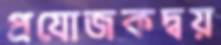
প্রযোজকদ্বয়